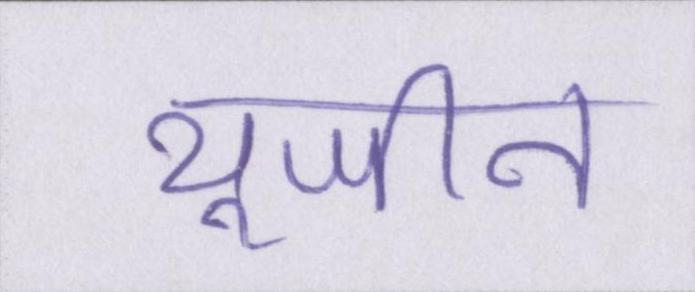
यूजीन